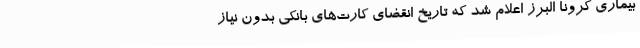
بیماری کرونا البرز اعلام شد که تاریخ انقضای کارت‌های بانکی بدون نیاز